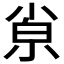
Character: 𡮂